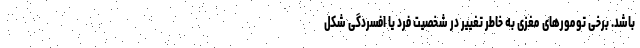
باشد. برخی تومورهای مغزی به خاطر تغییر در شخصیت فرد یا افسردگی شکل